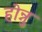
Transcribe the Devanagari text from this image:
होन्नु